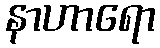
နာဟာရော